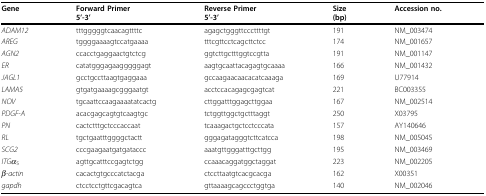
<table><thead><tr><td><b>Gene</b></td><td><b>Forward Primer</b></td><td><b>Reverse Primer</b></td><td><b>Size</b></td><td><b>Accession no.</b></td></tr><tr><td></td><td><b>5&#x27;-3&#x27;</b></td><td><b>5&#x27;-3&#x27;</b></td><td><b>(bp)</b></td><td></td></tr></thead><tbody><tr><td><i>ADAM12</i></td><td>tttgggggtcaacagttttc</td><td>agagctgggttcccttttgt</td><td>191</td><td>NM_003474</td></tr><tr><td><i>AREG</i></td><td>tggggaaaagtccatgaaaa</td><td>tttcgttcctcagcttctcc</td><td>174</td><td>NM_001657</td></tr><tr><td><i>AGN2</i></td><td>ccacctgaggaactgtctcg</td><td>ggtcttgctttggtccgtta</td><td>191</td><td>NM_001147</td></tr><tr><td><i>ER</i></td><td>catatgggagaagggggagt</td><td>aagtgcaattacagagtgcaaaa</td><td>166</td><td>NM_001432</td></tr><tr><td><i>JAGL1</i></td><td>gcctgccttaagtgaggaaa</td><td>gccaagaacaacacatcaaaga</td><td>169</td><td>U77914</td></tr><tr><td><i>LAMA5</i></td><td>gtgatgaaaagcgggaatgt</td><td>acctccacagagcgagtcat</td><td>221</td><td>BC003355</td></tr><tr><td><i>NOV</i></td><td>tgcaattccaagaaaatatcactg</td><td>cttggatttggagcttggaa</td><td>167</td><td>NM_002514</td></tr><tr><td><i>PDGF-A</i></td><td>acacgagcagtgtcaagtgc</td><td>tctggttggctgctttaggt</td><td>250</td><td>X03795</td></tr><tr><td><i>PN</i></td><td>cactctttgctcccaccaat</td><td>tcaaagactgctcctcccata</td><td>157</td><td>AY140646</td></tr><tr><td><i>RL</i></td><td>tgctgaatttggggctactt</td><td>gggagatagggtcttcatcca</td><td>198</td><td>NM_005045</td></tr><tr><td><i>SCG2</i></td><td>cccgaagaatgatgataccc</td><td>aaatgttgggatttgcttgg</td><td>195</td><td>NM_003469</td></tr><tr><td><i>ITGα</i><sub>5</sub></td><td>agttgcatttccgagtctgg</td><td>ccaaacaggatggctaggat</td><td>223</td><td>NM_002205</td></tr><tr><td><i>β-actin</i></td><td>cacactgtgcccatctacga</td><td>ctccttaatgtcacgcacga</td><td>162</td><td>X00351</td></tr><tr><td><i>gapdh</i></td><td>ctcctcctgttcgacagtca</td><td>gttaaaagcagccctggtga</td><td>140</td><td>NM_002046</td></tr></tbody></table>